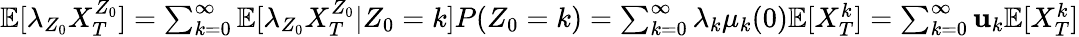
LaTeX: \begin{array}{r}{\mathbb{E}[\lambda_{Z_{0}}X_{T}^{Z_{0}}]=\sum_{k=0}^{\infty}\mathbb{E}[\lambda_{Z_{0}}X_{T}^{Z_{0}}|Z_{0}=k]P(Z_{0}=k)=\sum_{k=0}^{\infty}\lambda_{k}\mu_{k}(0)\mathbb{E}[X_{T}^{k}]=\sum_{k=0}^{\infty}\mathbf{u}_{k}\mathbb{E}[X_{T}^{k}]}\end{array}